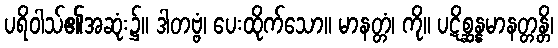
ပရိဝါသ်၏အဆုံး၌။ ဒါတဗ္ဗံ၊ ပေးထိုက်သော။ မာနတ္တံ၊ ကို။ ပဋိစ္ဆန္နမာနတ္တန္တိ၊